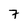
Character: 7